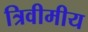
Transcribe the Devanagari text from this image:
त्रिवीमीय